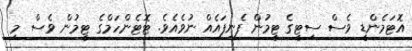
އޮޓަމެންޑީ ވެސް ސިޓީގެ ޓީމުން ފެނިފައެއް ނުވެއެވެ. ޓޮޓެންހަމްގެ ޓީމުން ވެސް މި